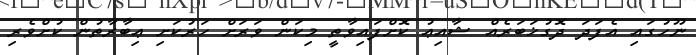
ނޫހުގައި އެފަދަ ދޮގުޚަބަރެއް ޝާއިޢު ކޮށްފައިވާތީ މިކަން ވަރަށް ހަރުކަށި ޢިބާރާތުން ކުށްވެރި